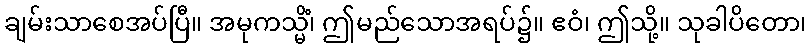
ချမ်းသာစေအပ်ပြီ။ အမုကသ္မိံ၊ ဤမည်သောအရပ်၌။ ဧဝံ၊ ဤသို့။ သုခါပိတော၊